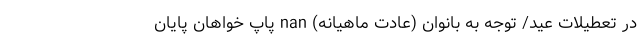
در تعطیلات عید/ توجه به بانوان (عادت ماهیانه) nan پاپ خواهان پایان